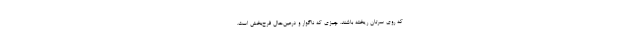
که روی سرتان ریخته باشند. چیزی که ناگوار و درعین‌حال فرح‌بخش است.